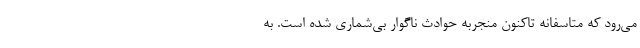
می‌رود که متاسفانه تاکنون منجربه حوادث ناگوار بی‌شماری شده است. به